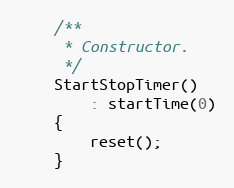
Language: C
    /**
     * Constructor.
     */
    StartStopTimer()
        : startTime(0)
    {
        reset();
    }